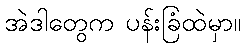
အဲဒါတွေက ပန်းခြံထဲမှာ။